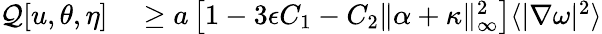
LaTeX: \begin{array}{rl}{\mathcal{Q}[u,\theta,\eta]}&{{}\geq a\left[1-3\epsilon C_{1}-C_{2}\| \alpha+\kappa\| _{\infty}^{2}\right]\langle|\nabla\omega|^{2}\rangle}\end{array}